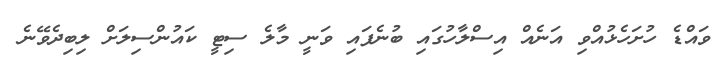
ވައްޑެ ހުށަހެޅުއްވި އަނެއް އިސްލާހުގައި ބުނެފައި ވަނީ މާލެ ސިޓީ ކައުންސިލަށް ލިބިދެވޭނެ